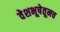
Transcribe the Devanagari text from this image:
वेशभूषेतूनच